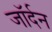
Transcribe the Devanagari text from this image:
जॉर्दन